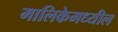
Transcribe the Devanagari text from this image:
मालिकेमध्यील